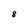
Character: 8